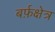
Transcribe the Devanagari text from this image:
बर्फ़क्षेत्र